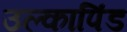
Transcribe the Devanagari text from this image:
उल्‍कापिंड